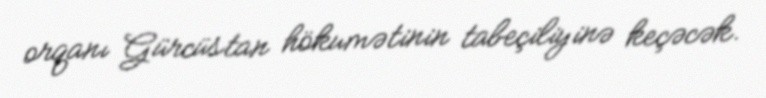
orqanı Gürcüstan hökumətinin tabeçiliyinə keçəcək.